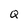
Character: Q